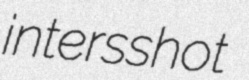
intersshot